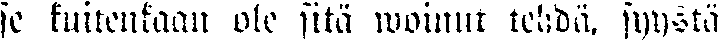
se kuitenkaan ole sitä woinut tehdä, syystä